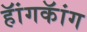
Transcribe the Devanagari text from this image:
हॅांगकॅांग